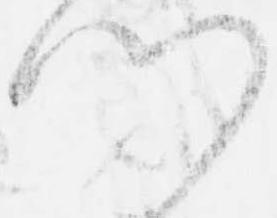
門